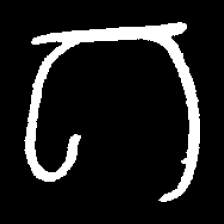
Pyu character \u2014 Myanmar letter: ဂ (romanized: ga)